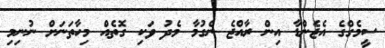
ސީމެގްގެ އެޖެންޑާ އިން ރާއްޖެ ނެގުމާ މެދު ވަކި ގޮތެއް މިހާތަނަށް ނުނިމި